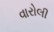
વારોલી